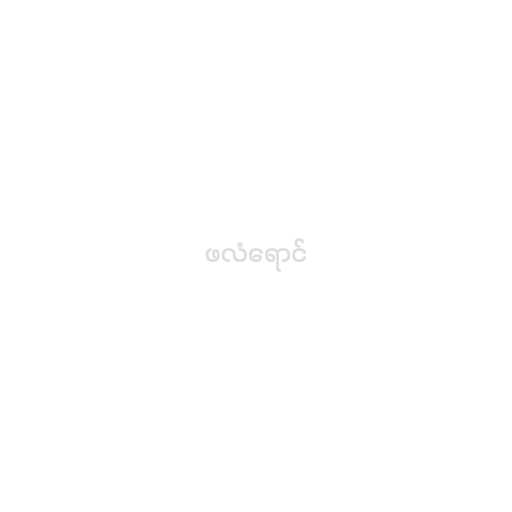
ဖလံရောင်